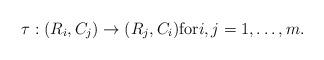
LaTeX: \begin{align*}\tau: (R_i,C_j)\to (R_j,C_i)\mbox{for}i,j=1,\dots, m.\end{align*}